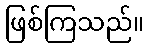
ဖြစ်ကြသည်။